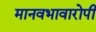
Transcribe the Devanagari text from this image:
मानवभावारोपी